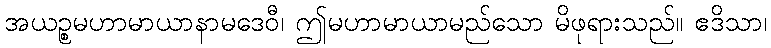
အယဉ္စမဟာမာယာနာမဒေဝီ၊ ဤမဟာမာယာမည်သော မိဖုရားသည်။ ဧဒိသာ၊